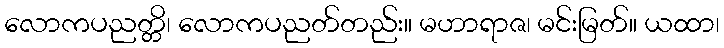
လောကပညတ္တိ၊ လောကပညတ်တည်း။ မဟာရာဇ၊ မင်းမြတ်။ ယထာ၊